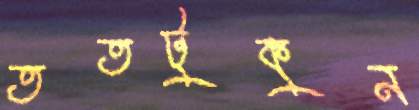
ততটুকুন